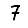
Digit: 7